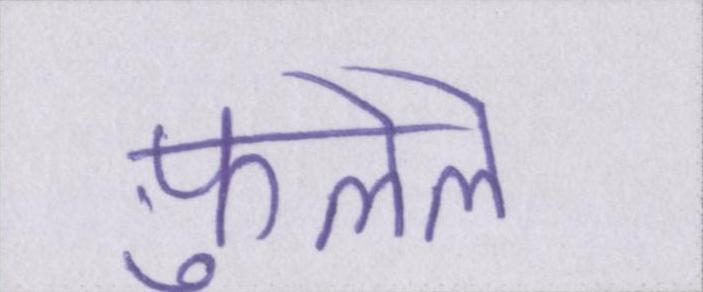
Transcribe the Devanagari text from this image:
फ़ुलेले